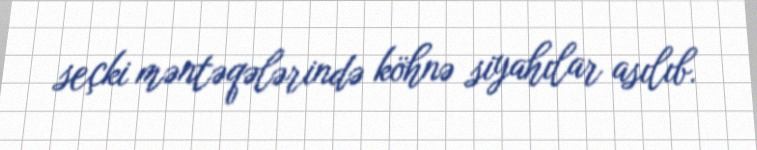
seçki məntəqələrində köhnə siyahılar asılıb.